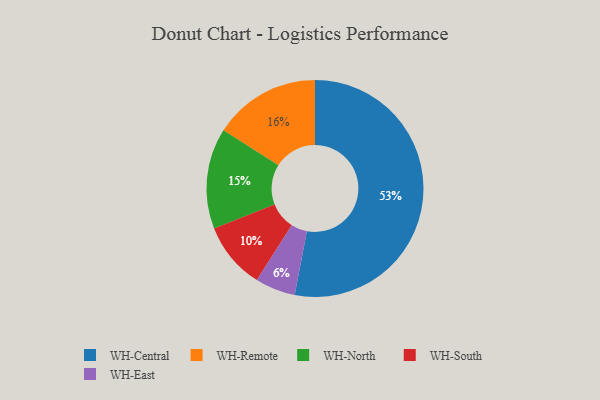
{"axis": {"x": "Category", "y": "Percentage"}, "legend": ["WH-Central", "WH-East", "WH-North", "WH-Remote", "WH-South"], "data": [{"x": "WH-South", "y": 10, "type": "WH-South"}, {"x": "WH-North", "y": 15, "type": "WH-North"}, {"x": "WH-Central", "y": 53, "type": "WH-Central"}, {"x": "WH-East", "y": 6, "type": "WH-East"}, {"x": "WH-Remote", "y": 16, "type": "WH-Remote"}]}